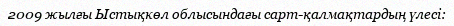
2009 жылғы Ыстықкөл облысындағы сарт-қалмақтардың үлесі: